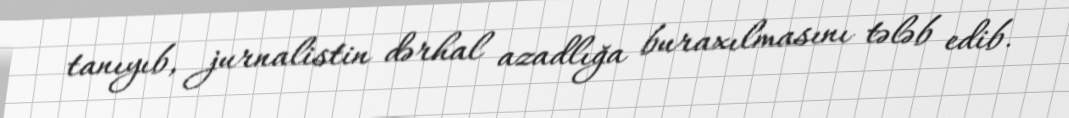
tanıyıb, jurnalistin dərhal azadlığa buraxılmasını tələb edib.